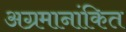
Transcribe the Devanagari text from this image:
अग्रमानांकित